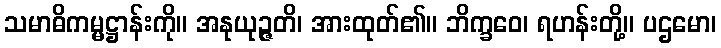
သမာဓိကမ္မဋ္ဌာန်းကို။ အနုယုဉ္ဇတိ၊ အားထုတ်၏။ ဘိက္ခဝေ၊ ရဟန်းတို့။ ပဌမော၊